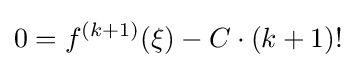
0=f^{(k+1)}(\xi )-C\cdot (k+1)!